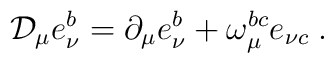
{\cal D}_\mu e_\nu ^b=\partial _\mu e_\nu ^b+\omega _\mu ^{bc}e_{\nu c}\;.